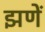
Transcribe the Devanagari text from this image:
झणें